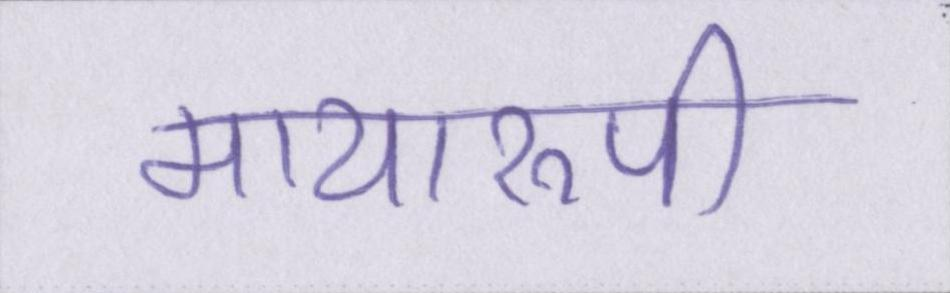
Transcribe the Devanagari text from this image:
मायारुपी